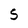
Character: 5